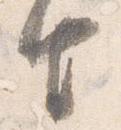
由